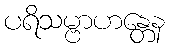
ပရိသမ္ဗာဟန္တေန